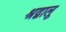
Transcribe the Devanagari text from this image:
श्रद्वालू